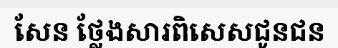
សែន ថ្លែងសារពិសេសជូនជន